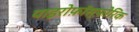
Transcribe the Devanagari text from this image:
पाइरोफ़ॉस्फ़ोरिक